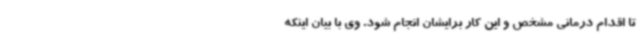
تا اقدام درمانی مشخص و این کار برایشان انجام شود. وی با بیان اینکه